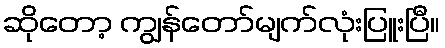
ဆိုတော့ ကျွန်တော်မျက်လုံးပြူးပြီ။